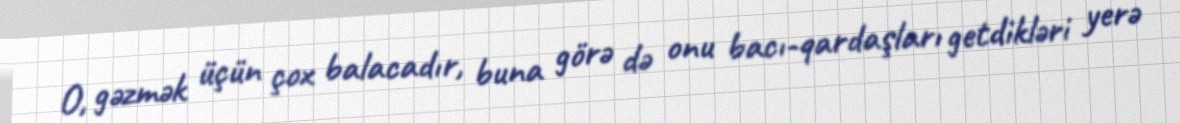
O, gəzmək üçün çox balacadır, buna görə də onu bacı-qardaşları getdikləri yerə